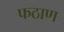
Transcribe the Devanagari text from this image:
फठाण